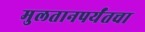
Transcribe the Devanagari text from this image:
मुलतानपर्यंतचा